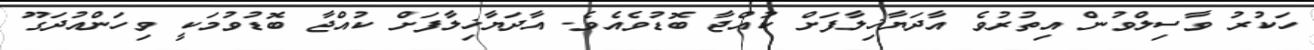
ހަކުރު ވާސިލްވުން އިތުރުވެ އާދަޔާޚިލާފަށް ކުއްޖާ ބޮޑުވެއެވެ. އާދަޔާޚިލާފަށް ކުއްޖާ ބޮޑުވުމަކީ ވިހަންއުދަގޫ